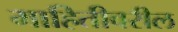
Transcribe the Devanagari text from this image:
माहितीवरील